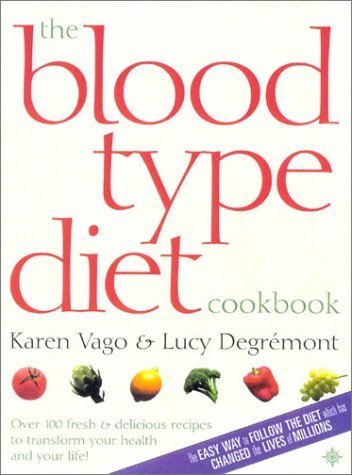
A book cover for The Blood Type Diet Cookbook: 100 Fresh and Delicious Recipes to Transform your Health and your Life! by Vago, Karen (2002) Paperback; Karen Vago; Health, Fitness & Dieting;